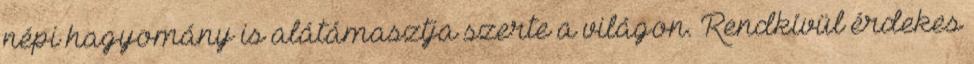
népi hagyomány is alátámasztja szerte a világon. Rendkívül érdekes